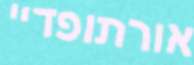
אורתופדיי